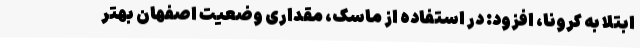
ابتلا به کرونا، افزود: در استفاده از ماسک، مقداری وضعیت اصفهان بهتر